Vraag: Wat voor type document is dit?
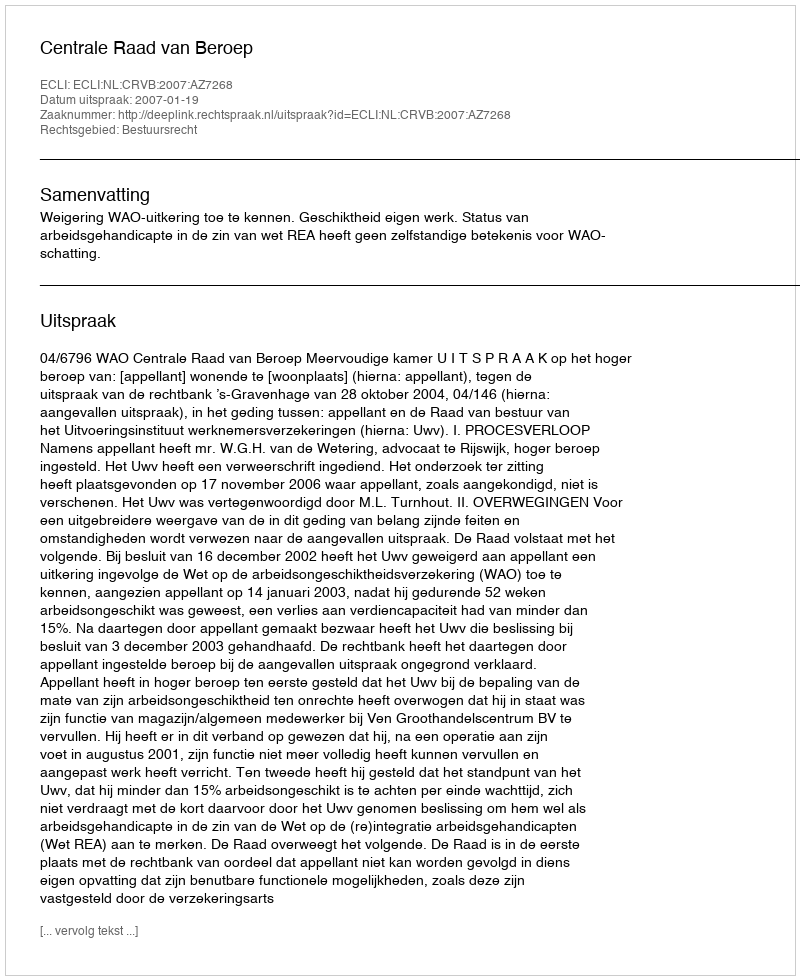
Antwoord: Uitspraak